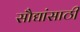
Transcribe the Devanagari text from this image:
सौद्यांसाठी